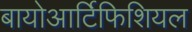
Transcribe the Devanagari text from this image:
बायोआर्टिफिशियल